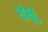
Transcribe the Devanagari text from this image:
वंक्षु